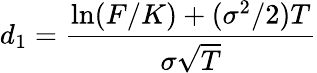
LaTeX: d_{1}={\frac{\ln(F/K)+(\sigma^{2}/2)T}{\sigma{\sqrt{T}}}}